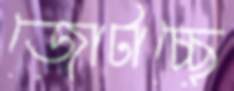
জোটাচ্ছে